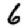
Digit: 6